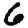
Digit: 6